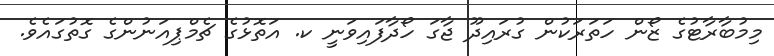
މިމުބާރާޓުގެ ޒޯން ހަތަރަކުން ގުރައިދޫ ޖާގަ ހޯދާފައިވަނީ ކ. އަތޮޅުގެ ޗެމްޕިއަނުންގެ ގޮތުގައެވެ.